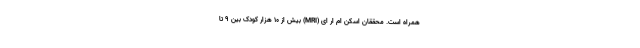
همراه است. محققان اسکن ام ار ای (MRI) بیش از ۱۰ هزار کودک بین ۹ تا